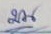
บน